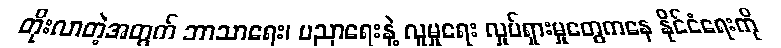
တိုးလာတဲ့အတွက် ဘာသာရေး၊ ပညာရေးနဲ့ လူမှုရေး လှုပ်ရှားမှုတွေကနေ နိုင်ငံရေးကို